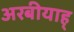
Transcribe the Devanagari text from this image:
अरबीयाह्